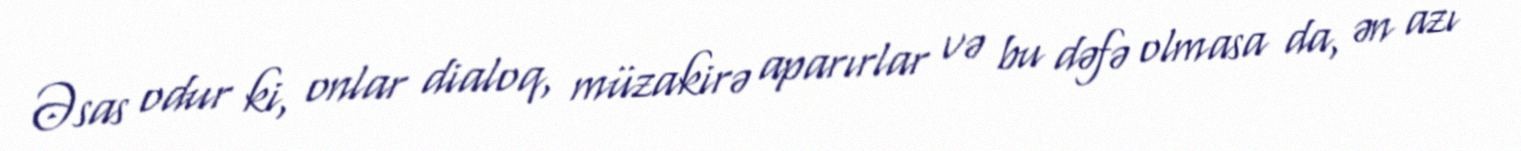
Əsas odur ki, onlar dialoq, müzakirə aparırlar və bu dəfə olmasa da, ən azı